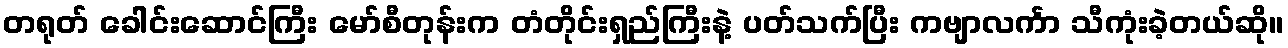
တရုတ် ခေါင်းဆောင်ကြီး မော်စီတုန်းက တံတိုင်းရှည်ကြီးနဲ့ ပတ်သက်ပြီး ကဗျာလင်္ကာ သီကုံးခဲ့တယ်ဆို။